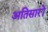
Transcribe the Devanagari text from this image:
अतिसारों